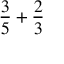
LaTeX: { \frac { 3 } { 5 } } + { \frac { 2 } { 3 } }